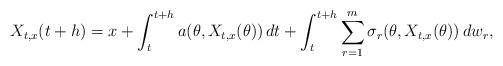
LaTeX: \begin{align*}X_{t,x}(t+h) =x + \int_t^{t+h} a(\theta,X_{t,x}(\theta)) \,dt + \int_t^{t+h} \sum_{r=1}^m\sigma_r(\theta,X_{t,x}(\theta)) \,dw_r,\end{align*}